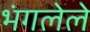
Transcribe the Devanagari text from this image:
भंगलेले